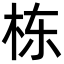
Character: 栋